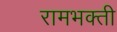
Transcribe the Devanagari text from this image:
रामभक्ती